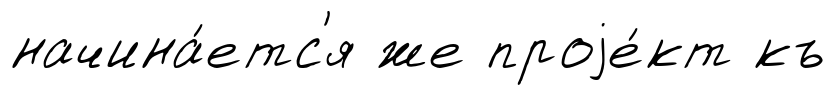
начина́етс'я же проjе́кт къ